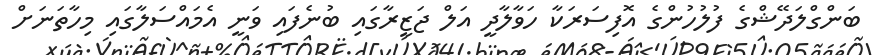
ބަންގްލަދޭޝްގެ ފުލުހުންގެ އޮފިސަރަކާ ހަވާލާދީ އަލް ޖަޒީރާގައި ބުނެފައި ވަނީ އެމައްސަލާގައި މިހާތަނަށް